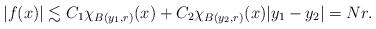
LaTeX: \begin{align*}|f(x)| \lesssim C_{1}\chi_{B(y_{1},r)}(x) + C_{2}\chi_{B(y_{2},r)}(x) |y_{1} - y_{2}|=Nr.\end{align*}